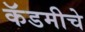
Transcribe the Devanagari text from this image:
कॅडमीचे